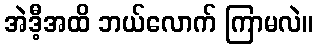
အဲဒီ့အထိ ဘယ်လောက် ကြာမလဲ။